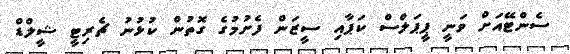
ސެންޓޭއަށް ވަނީ ޕީޕަލްސް ކަޕާއި ސީޒަން ފެށުމުގެ ގޮތުން ކުޅުނު ޗެރިޓީ ޝީލްޑް